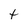
Character: t